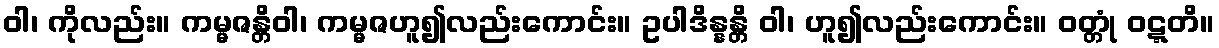
ဝါ၊ ကိုလည်း။ ကမ္မဇန္တိဝါ၊ ကမ္မဇဟူ၍လည်းကောင်း။ ဥပါဒိန္နန္တိ ဝါ၊ ဟူ၍လည်းကောင်း။ ဝတ္တုံ ဝဋ္ဋတိ။